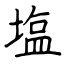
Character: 塩